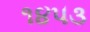
૧૪૫૩